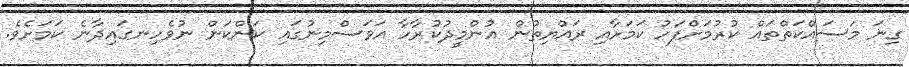
ގިނަ މަސައްކަތްތައް ކުރުމަށްފަހު ކަމަށާއި ރައްޔިތުން އުންމީދުކުރާހާ އަވަސްމިނުގައި ކަންކަން ނުވެހިނގައިދާނެ ކަމަށެވެ.